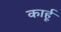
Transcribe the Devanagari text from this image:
कार्हू